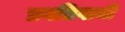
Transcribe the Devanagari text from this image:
प्रगतिगामी